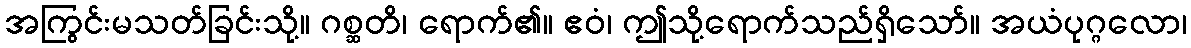
အကြွင်းမသတ်ခြင်းသို့။ ဂစ္ဆတိ၊ ရောက်၏။ ဧဝံ၊ ဤသို့ရောက်သည်ရှိသော်။ အယံပုဂ္ဂလော၊